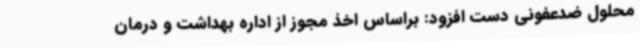
محلول ضدعفونی دست افزود: براساس اخذ مجوز از اداره بهداشت و درمان